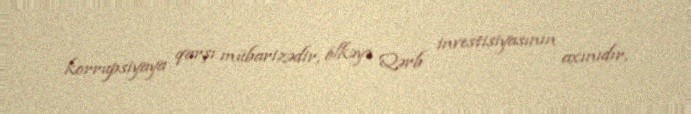
korrupsiyaya qarşı mübarizədir, ölkəyə Qərb investisiyasının axınıdır,